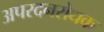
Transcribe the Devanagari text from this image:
अपरदनरोधक